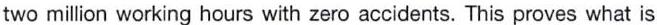
two million working hours with zero accidents. This proves what is